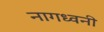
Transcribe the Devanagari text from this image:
नागध्वनी